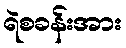
ရဲစခန်းအား